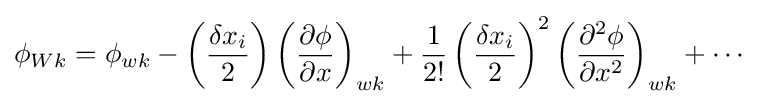
\phi _{Wk}=\phi _{wk}-\left({\frac {\delta x_{i}}{2}}\right)\left({\frac {\partial \phi }{\partial x}}\right)_{wk}+{\frac {1}{2!}}\left({\frac {\delta x_{i}}{2}}\right)^{2}\left({\frac {\partial ^{2}\phi }{\partial x^{2}}}\right)_{wk}+\cdots